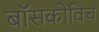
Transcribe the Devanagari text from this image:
बॉसकोविच